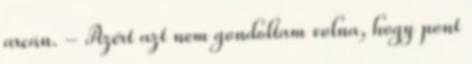
arcán. - Azért azt nem gondoltam volna, hogy pont